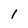
Character: l